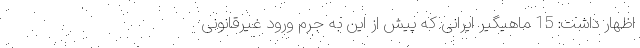
اظهار داشت: 15 ماهیگیر ایرانی که پیش از این به جرم ورود غیرقانونی